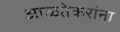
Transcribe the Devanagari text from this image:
आळतेकरांना